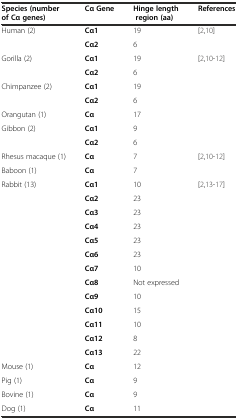
| Species (number of Cα genes) | Cα Gene | Hinge length region (aa) | References |
 | --- | --- | --- | --- |
 | Human (2) | Cα1 | 19 | [2,10] |
 |  | Cα2 | 6 |  |
 | Gorilla (2) | Cα1 | 19 | <ROWSPAN=6> [2,10-12] |
 |  | Cα2 | 6 |
 | Chimpanzee (2) | Cα1 | 19 |
 |  | Cα2 | 6 |
 | Orangutan (1) | Cα | 17 |
 | Gibbon (2) | Cα1 | 9 |
 |  | Cα2 | 6 |  |
 | Rhesus macaque (1) | Cα | 7 | <ROWSPAN=2> [2,10-12] |
 | Baboon (1) | Cα | 7 |
 | Rabbit (13) | Cα1 | 10 | [2,13-17] |
 |  | Cα2 | 23 |  |
 |  | Cα3 | 23 |  |
 |  | Cα4 | 23 |  |
 |  | Cα5 | 23 |  |
 |  | Cα6 | 23 |  |
 |  | Cα7 | 10 |  |
 |  | Cα8 | Not expressed |  |
 |  | Cα9 | 10 |  |
 |  | Cα10 | 15 |  |
 |  | Cα11 | 10 |  |
 |  | Cα12 | 8 |  |
 |  | Cα13 | 22 |  |
 | Mouse (1) | Cα | 12 |  |
 | Pig (1) | Cα | 9 |  |
 | Bovine (1) | Cα | 9 |  |
 | Dog (1) | Cα | 11 |  |